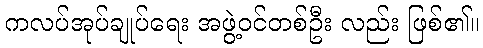
ကလပ်အုပ်ချုပ်ရေး အဖွဲ့ဝင်တစ်ဦး လည်း ဖြစ်၏။